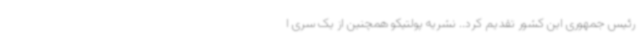
رئیس جمهوری این کشور تقدیم کرد.. نشریه پولتیکو همچنین از یک سری ا